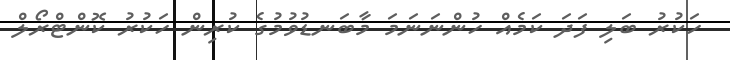
ހަކުރު ބަލި ފަދަ ކަމެއް ހުންނަނަމަ މާބަނޑުވުމުގެ ކުރިން ހަކުރު ކޮންޓްރޯލް